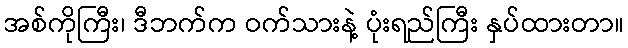
အစ်ကိုကြီး၊ ဒီဘက်က ဝက်သားနဲ့ ပုံးရည်ကြီး နှပ်ထားတာ။